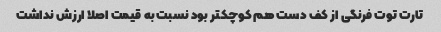
تارت توت فرنگی از کف دست هم کوچکتر بود نسبت به قیمت اصلا ارزش نداشت